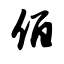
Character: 佰